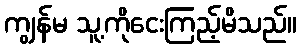
ကျွန်မ သူ့ကိုငေးကြည့်မိသည်။